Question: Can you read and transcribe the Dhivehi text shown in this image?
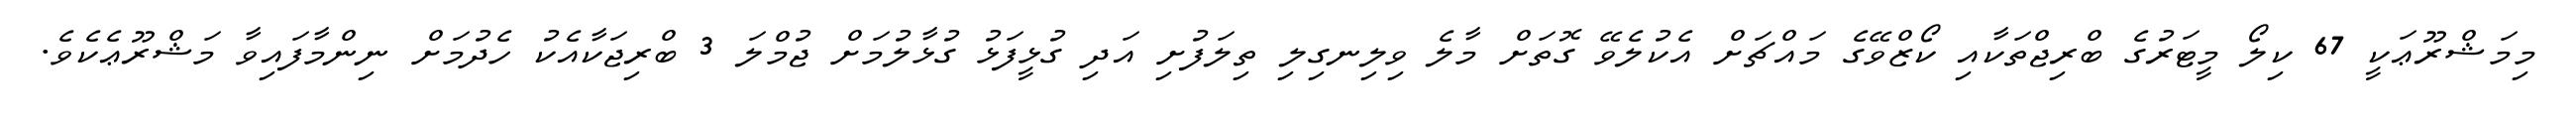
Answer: މިމަޝްރޫޢަކީ 67 ކިލޯ މީޓަރުގެ ބްރިޖްތަކާއި ކޯޒްވޭގެ މައްޗަށް އެކުލެވޭ ގޮތަށް މާލެ ވިލިނގިލި ތިލަފުށި އަދި ގުޅީފަޅު ގުޅާލުމަށް ޖުމްލަ 3 ބްރިޖަކާއެކު ހެދުމަށް ނިންމާފައިވާ މަޝްރޫޢެކެވެ.